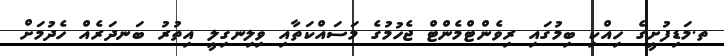
ތ.މަޑިފުށީގެ ހިއްކި ބިމުގައި ރިވެންޓްމެންޓް ޖެހުމުގެ މަސައްކަތާއި ވިލިނގިލީ އިތުރު ބަނދަރެއް ހެދުމަށް